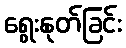
ရွေးနုတ်ခြင်း